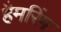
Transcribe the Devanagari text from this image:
हैमरिंग